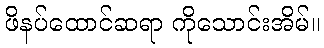
ဖိနပ်ထောင်ဆရာ ကိုသောင်းအိမ်။